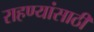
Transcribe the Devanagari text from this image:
राहण्यांसाठी